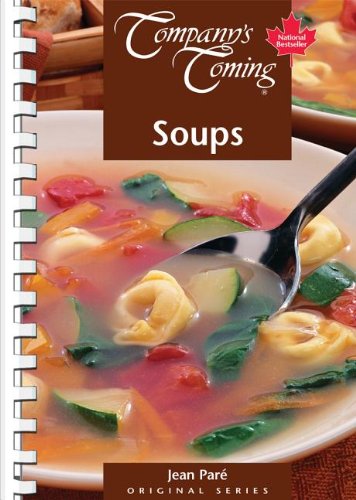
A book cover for Soups (Original Series); Jean Pare; Cookbooks, Food & Wine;